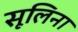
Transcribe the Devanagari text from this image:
सूलिना